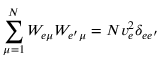
\sum _ { \mu = 1 } ^ { N } W _ { e \mu } W _ { e ^ { \prime } \mu } = N v _ { e } ^ { 2 } \delta _ { e e ^ { \prime } }